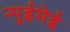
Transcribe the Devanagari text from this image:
न्पुईमेई